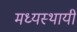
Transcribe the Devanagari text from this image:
मध्यस्थायी